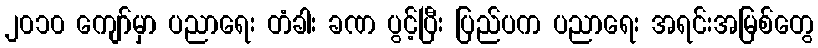
၂၀၁၀ ကျော်မှာ ပညာရေး တံခါး ခဏ ပွင့်ပြီး ပြည်ပက ပညာရေး အရင်းအမြစ်တွေ